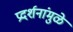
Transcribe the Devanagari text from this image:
प्रदर्शनांमुळे